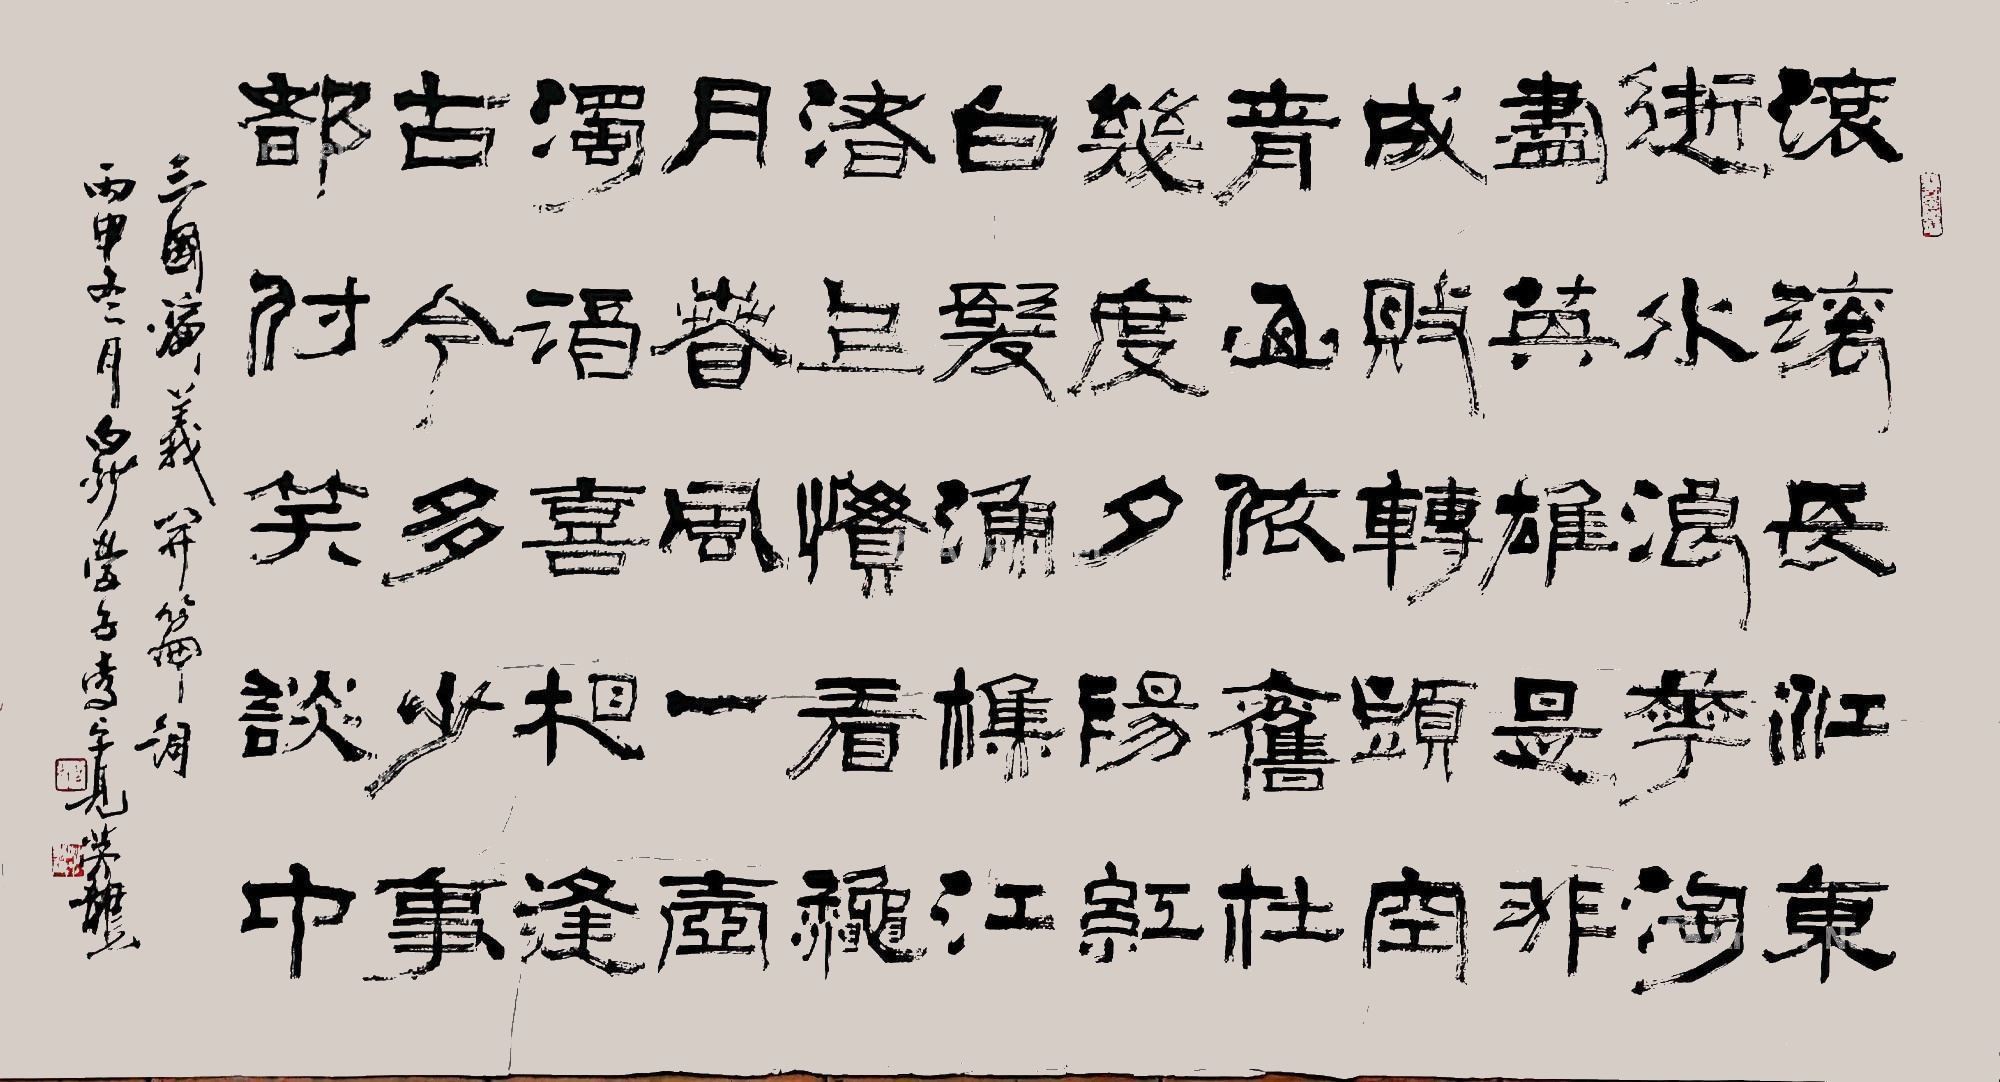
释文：滚滚长江东逝水，浪花淘尽英雄。是非成败转头空。青山依旧在，几度夕阳红。白发渔樵江渚上，惯看秋月春风。一壶浊酒喜相逢。古今多少事，都付笑谈中。闲章(朱文)美意延年。姓名印:卓见之钅木(朱文)。茅龙道人(白文)